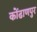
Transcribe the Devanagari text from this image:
कोंढाणपुर